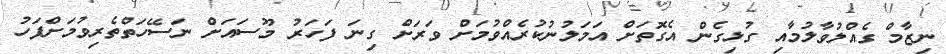
ނިޒާމް ގެއްލުވާލުމާއި ގުޅިގެން އެގޮތަށް އަމަލުނުކުރެއްވުމަށް ވަރަށް ގިނަ ފަހަރު މޫސައަށް ނަސޭހަތްތެރިވުމަށްފަހު